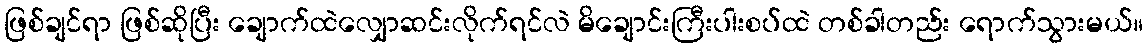
ဖြစ်ချင်ရာ ဖြစ်ဆိုပြီး ချောက်ထဲလျှောဆင်းလိုက်ရင်လဲ မိချောင်းကြီးပါးစပ်ထဲ တစ်ခါတည်း ရောက်သွားမယ်။